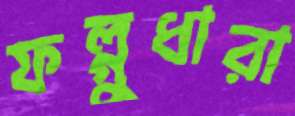
ফল্গুধারা